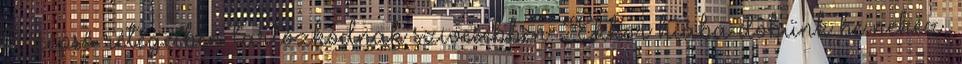
középső rétegeiben tartózkodnak szívesebben. Ekkor hiába dobunk be nehéz,